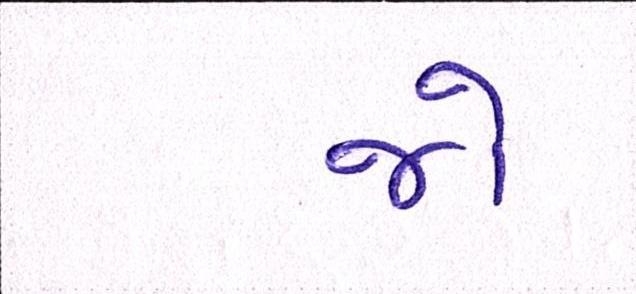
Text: જો